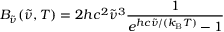
B _ { \tilde { \nu } } ( { \tilde { \nu } } , T ) = 2 h c ^ { 2 } { \tilde { \nu } } ^ { 3 } { \frac { 1 } { e ^ { h c { \tilde { \nu } } / ( k _ { \mathrm { B } } T ) } - 1 } }